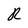
Character: R